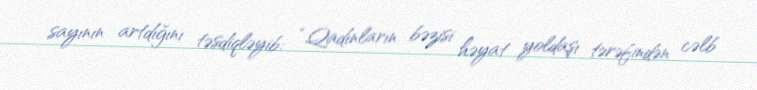
sayının artdığını təsdiqləyib: “Qadınların bəzisi həyat yoldaşı tərəfindən cəlb